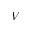
V